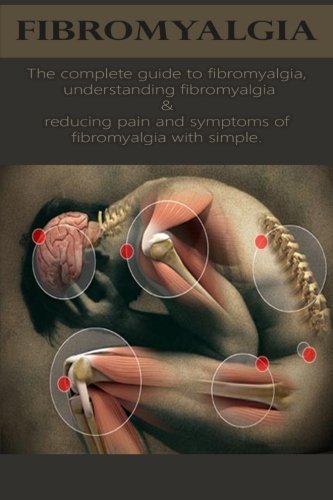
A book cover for Fibromyalgia: The complete guide to fibromyalgia, understanding fibromyalgia, and reducing pain and symptoms of fibromyalgia with simple treatment methods!; David Anthony; Health, Fitness & Dieting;